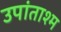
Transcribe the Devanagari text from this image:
उपांताश्म